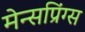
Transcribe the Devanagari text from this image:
मेन्सप्रिंग्स